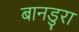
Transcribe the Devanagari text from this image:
बानडुरा